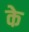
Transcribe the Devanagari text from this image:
के